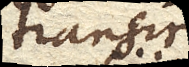
transire